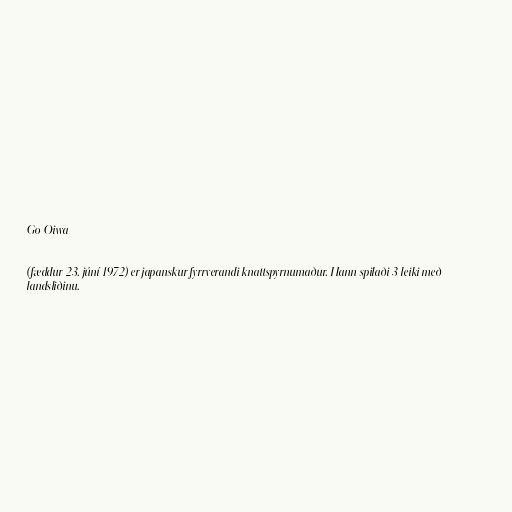
Go Oiwa

(fæddur 23. júní 1972) er japanskur fyrrverandi knattspyrnumaður. Hann spilaði 3 leiki með
landsliðinu.